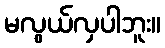
မလွယ်လှပါဘူး။